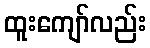
ထူးကျော်လည်း